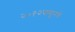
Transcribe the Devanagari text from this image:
२०१२पासूनचे